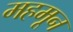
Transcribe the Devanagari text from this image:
महमून